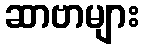
ဆာဗာများ